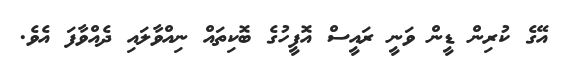
އޭގެ ކުރިން ޑީން ވަނީ ރައީސް އޮފީހުގެ ބޮކިތައް ނިއްވާލައި ދެއްވާފަ އެވެ.